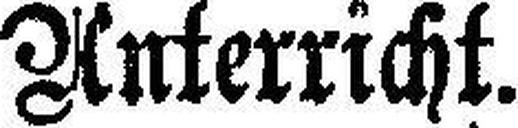
Unterricht.